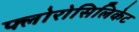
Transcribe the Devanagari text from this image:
फ्लोरोसिलिकेट